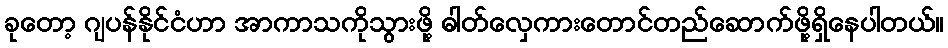
ခုတော့ ဂျပန်နိုင်ငံဟာ အာကာသကိုသွားဖို့ ဓါတ်လှေကားတောင်တည်ဆောက်ဖို့ရှိနေပါတယ်။